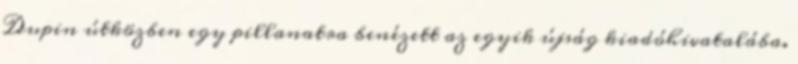
Dupin útközben egy pillanatra benézett az egyik újság kiadóhivatalába.